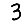
Digit: 3